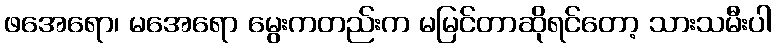
ဖအေရော၊ မအေရော မွေးကတည်းက မမြင်တာဆိုရင်တော့ သားသမီးပါ